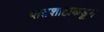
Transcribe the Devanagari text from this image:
पातशाहाकडून